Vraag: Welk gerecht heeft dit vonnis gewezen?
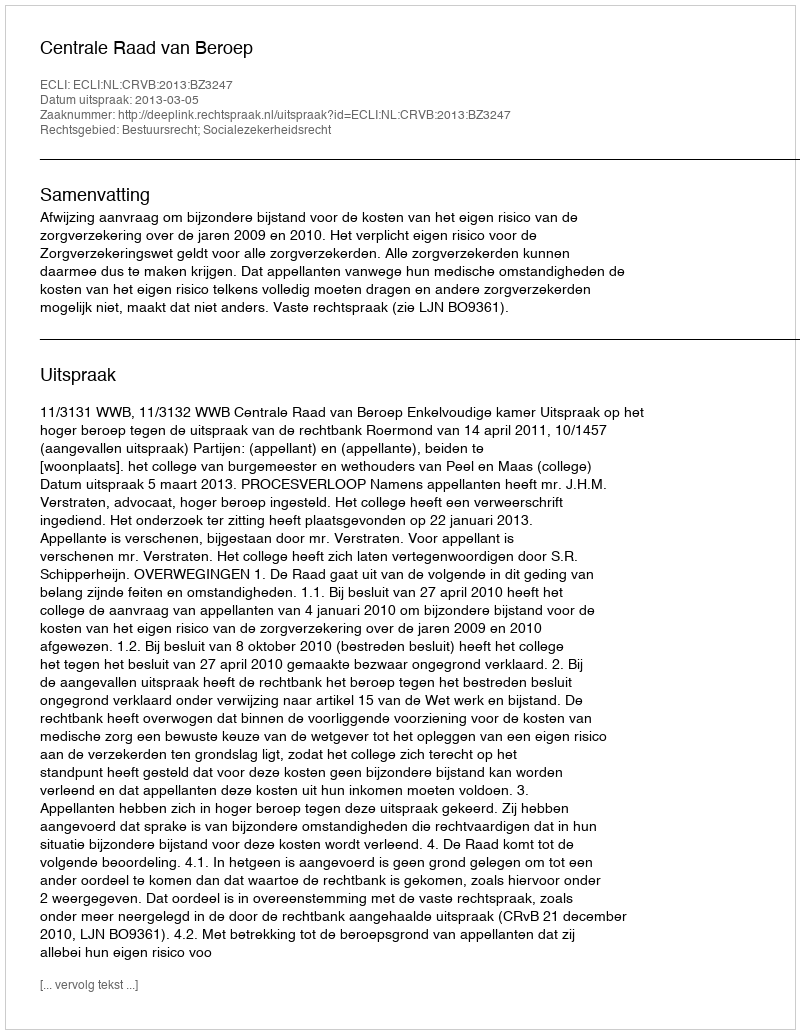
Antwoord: Centrale Raad van Beroep